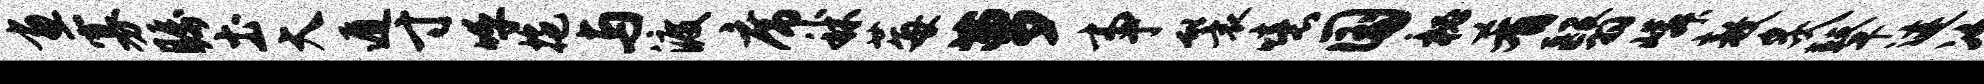
画寡瞩土大遁寸呼拖与渡席秫莓萝事鬟噫国秘肴翳嶙敖炙鼙迹次